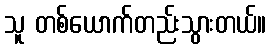
သူ တစ်ယောက်တည်းသွားတယ်။